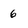
Character: 6